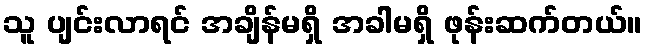
သူ ပျင်းလာရင် အချိန်မရှိ အခါမရှိ ဖုန်းဆက်တယ်။